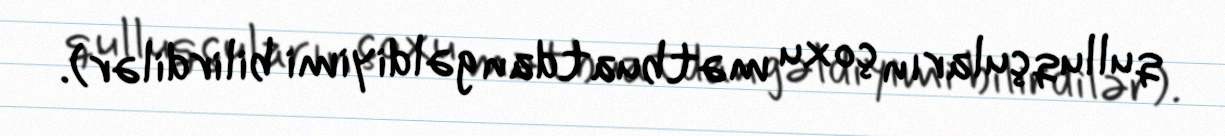
qulluqçuların çoxu mətbuatdan gəldiyimi bilirdilər).